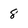
Character: 8